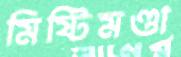
মিষ্টিমণ্ডা